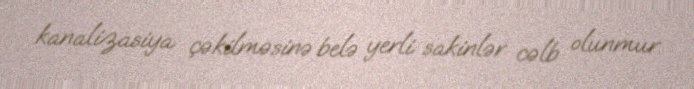
kanalizasiya çəkilməsinə belə yerli sakinlər cəlb olunmur.